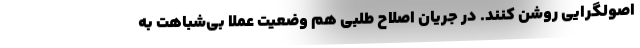
اصولگرایی روشن کنند. در جریان اصلاح طلبی هم وضعیت عملا بی‌شباهت به